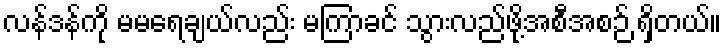
လန်ဒန်ကို မမရေချယ်လည်း မကြာခင် သွားလည်ဖို့အစီအစဉ် ရှိတယ်။